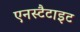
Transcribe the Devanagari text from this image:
एनस्टैटाइट